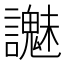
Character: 𧭵